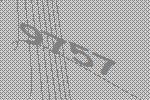
9757